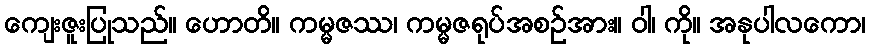
ကျေးဇူးပြုသည်။ ဟောတိ။ ကမ္မဇဿ၊ ကမ္မဇရုပ်အစဉ်အား။ ဝါ၊ ကို။ အနုပါလကော၊